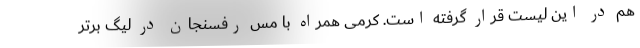
هم در این لیست قرار گرفته است. کرمی همراه با مس رفسنجان در لیگ برتر